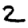
Digit: 2